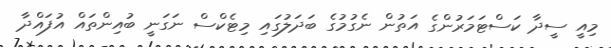
މިއީ ސީދާ ކަސްޓަމަރުންގެ އަތުން ނެގުމުގެ ބަދަލުގައި މިޓެކްސް ނަގަނީ ބުއިންތައް އުފައްދާ